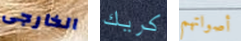
الخارجى كريك أصواتهم